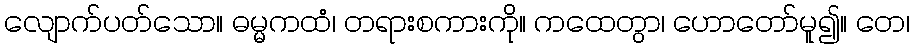
လျောက်ပတ်သော။ ဓမ္မကထံ၊ တရားစကားကို။ ကထေတွာ၊ ဟောတော်မူ၍။ တေ၊